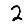
Digit: 2